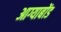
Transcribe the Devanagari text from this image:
आग्याबोंड